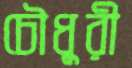
চৌধুুরী